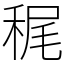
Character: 䅏